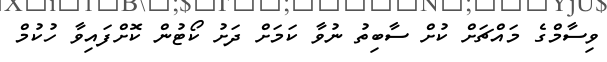
ވިސާމްގެ މައްޗަށް ކުށް ސާބިތު ނުވާ ކަމަށް ދަށު ކޯޓުން ކޮށްފައިވާ ހުކުމް